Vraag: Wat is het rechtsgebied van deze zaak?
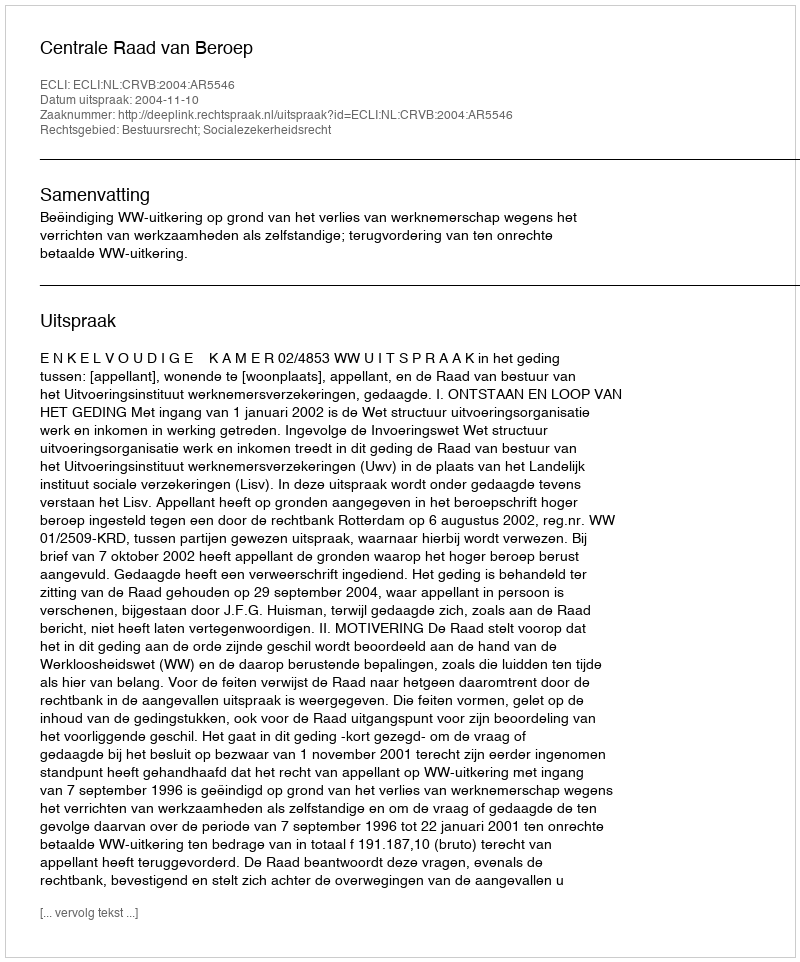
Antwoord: Bestuursrecht; Socialezekerheidsrecht